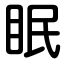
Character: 眠